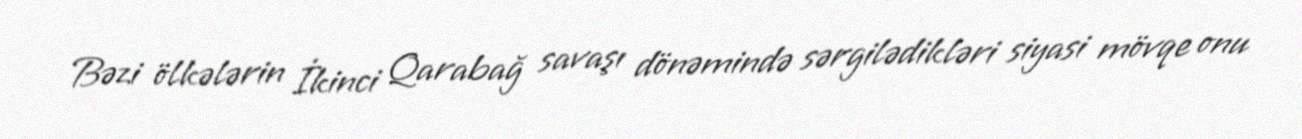
Bəzi ölkələrin İkinci Qarabağ savaşı dönəmində sərgilədikləri siyasi mövqe onu